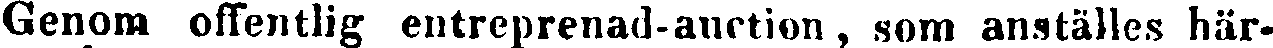
Genom offentlig entreprenad-auction , som anställes här-